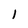
Character: 1